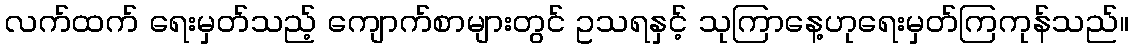
လက်ထက် ရေးမှတ်သည့် ကျောက်စာများတွင် ဥသရနှင့် သုကြာနေ့ဟုရေးမှတ်ကြကုန်သည်။